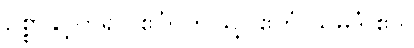
ဥစ္စာနှင့်တူ၍။ ဧဝံ၊ ဤသို့။ ဧတံ သမ္ပဒံ ဧဝ၊